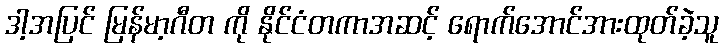
ဒါ့အပြင် မြန်မာ့ဂီတ ကို နိုင်ငံတကာအဆင့် ရောက်အောင်အားထုတ်ခဲ့သူ